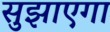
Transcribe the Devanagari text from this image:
सुझाएगा